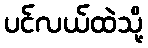
ပင်လယ်ထဲသို့